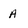
Character: A